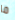
ما